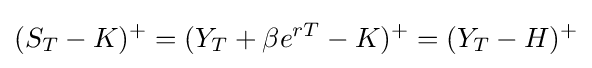
(S_{T}-K)^{+}=(Y_{T}+\beta e^{rT}-K)^{+}=(Y_{T}-H)^{+}